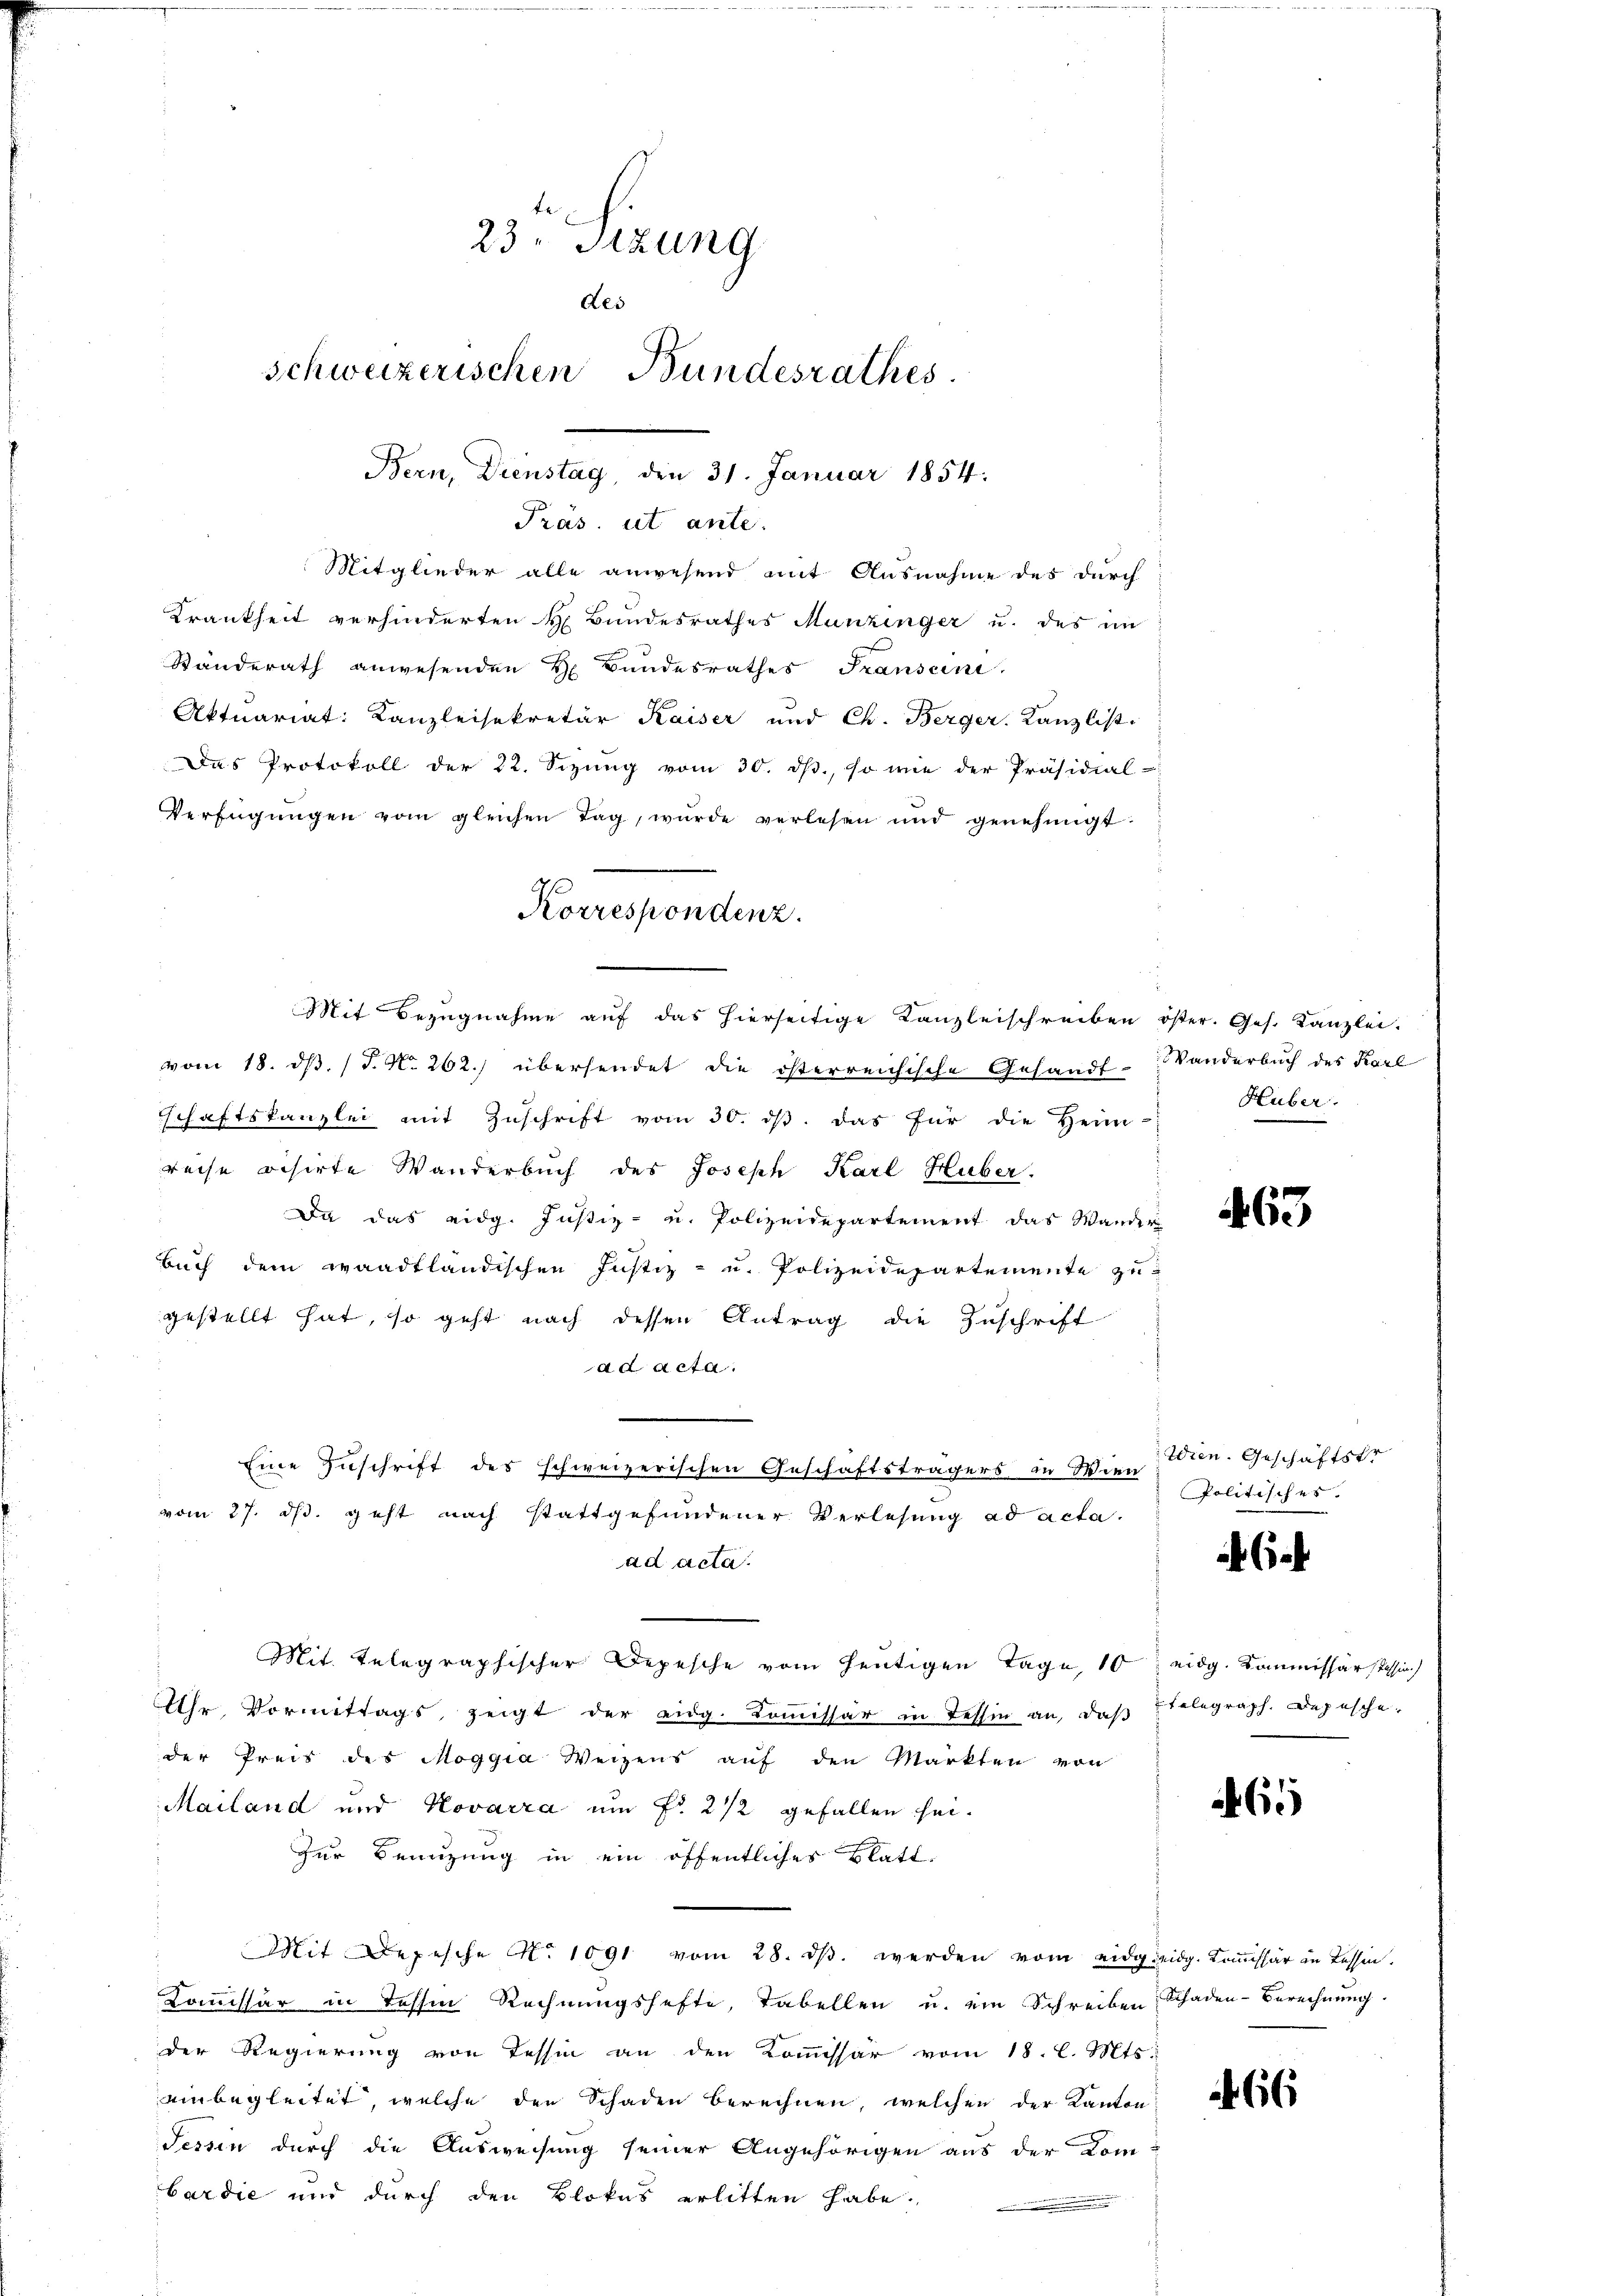
23. Sizung
des
Schweizerischen Bundesrathes
Bern, Dienstag, den 31. Januar 1854.

Präs. ut ante.
Mitglieder alle anwesend mit Ausnahme des durch
Krankheit verhinderten H. Bundesrathes Munzinger u. des im
Standerath anwesenden H. Bundesrathes Transcini
Aktuariat: Kanzleisekretär Kaiser und Ch. Berger Kanzlist.
Das Protokoll der 22. Sizung vom 30. ds., so wie der Präsidial-
Verfügŭngen vom gleichen Tag, wurde verlesen ŭnd genehmigt.
Korrespondenz.

Mit Bezugnahme aŭf das hierseitige Kanzleischreiben öster. Ges. Kanzlei.

vom 18. ds. (T. N. 262.) übersendet die österreichische Gesandt-Banderbuch des Karl
haftskanzlei mit Zuschrift vom 30. ds. das für die Heim-
reise visirte Wanderbuch des Joseph Karl Huber.
i
Da das eidg. Justiz- u. Polizeidepartement das Wander
Buch dem waadtländischen Justiz- u. Polizeidepartemente zu
gestellt hat, so geht nach dessen Antrag die Zuschrift
ad acta.
Eine Zuschrift des schweizerischen Geschäftsträgers in Wien
vom 27. ds. geht nach stattgefundener Verlesung ad acta.
ad acta.
Mit. telegraphischer Depesche vom heutigen Tage, 10 eidg. Kommissär Tessin
Uhr, Vormittags, zeigt der eidg. Kommissär in Tessin an, daß Etelegraph. Depesche
der Preis des Moggia Weizens auf den Markten von
Mailand und Kovarra um fr. 2 1/2 gefallen sei¬
Zur Benuzung in ein öffentliches Blatt¬
Mit Depesche No 1091 vom 28. ds. werden vom eidgieidg. Kommissär in Tessin.
Kommissär in Tessin Rechnungshafte, Tabellen u. ein Schreiben Schaden-Berechnung.
der Regierung von Tessin an den Kommissär vom 18. l. Mts.
einbegleitet, welche den Schaden berechnen, welchen der Kanton
Tessin durch die Ausweisung seiner Angehörigen aus der Kom-
bardie und durch den Blokus erlitten habe.

Huber.

463

Wien. Geschäftsfr
Politisches.

6

66